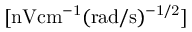
[ \mathrm { n V c m ^ { - 1 } ( r a d / s ) ^ { - 1 / 2 } } ]